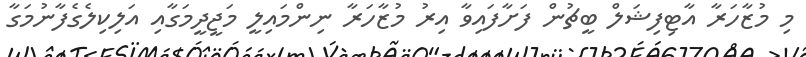
މި މުޒާހަރާ އާޓިފިޝަލް ބީޗުން ފަށާފައިވާ އިރު މުޒާހަރާ ނިންމައިލީ މަޖީދީމަގާއި އަލިކިލެގެފާނުމަގާ